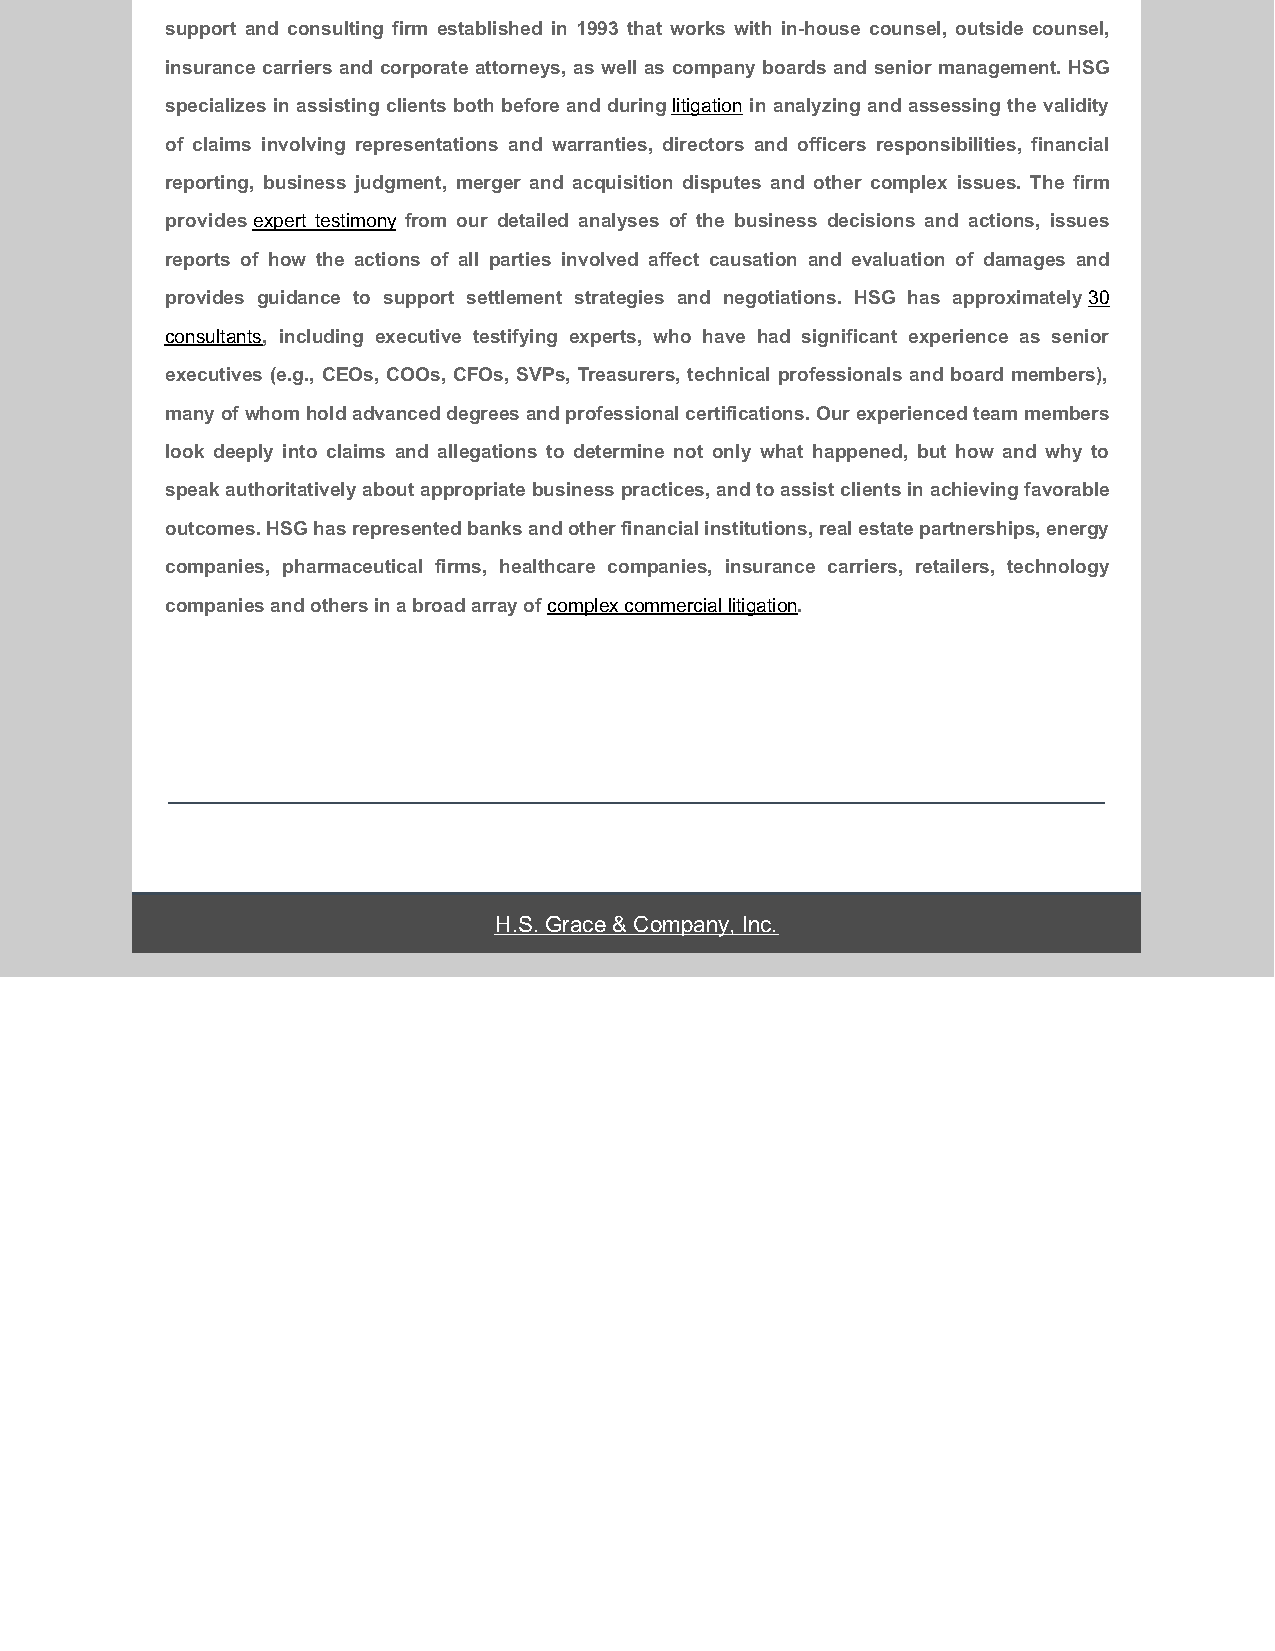
support and consulting firm established in 1993 that works with in-house counsel, outside counsel,
 insurance carriers and corporate attorneys, as well as company boards and senior management. HSG
 specializes in assisting clients both before and during litigation in analyzing and assessing the validity
 of claims involving representations and warranties, directors and officers responsibilities, financial
 reporting, business judgment, merger and acquisition disputes and other complex issues. The firm
 provides expert testimony from our detailed analyses of the business decisions and actions, issues
 reports of how the actions of all parties involved affect causation and evaluation of damages and
 provides guidance to support settlement strategies and negotiations. HSG has approximately 30
 consultants, including executive testifying experts, who have had significant experience as senior
 executives (e.g., CEOs, COOs, CFOs, SVPs, Treasurers, technical professionals and board members),
 many of whom hold advanced degrees and professional certifications. Our experienced team members
 look deeply into claims and allegations to determine not only what happened, but how and why to
 speak authoritatively about appropriate business practices, and to assist clients in achieving favorable
 outcomes. HSG has represented banks and other financial institutions, real estate partnerships, energy
 companies, pharmaceutical firms, healthcare companies, insurance carriers, retailers, technology
 companies and others in a broad array of complex commercial litigation.
 H.S. Grace & Company, Inc.